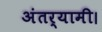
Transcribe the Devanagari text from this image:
अंतर्यामी।